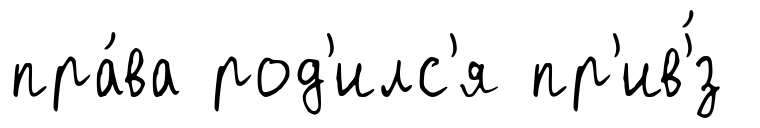
пра́ва род'илс'я пр'ив'́з